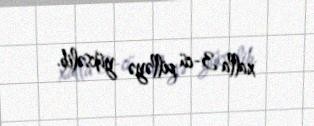
xalla 3-cü pilləyə yüksəlib.